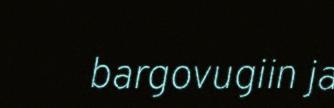
bargovugiin ja